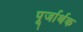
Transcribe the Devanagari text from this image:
पूर्जार्थक